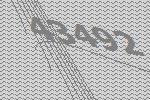
43492